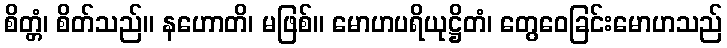
စိတ္တံ၊ စိတ်သည်။ နဟောတိ၊ မဖြစ်။ မောဟပရိယုဋ္ဌိတံ၊ တွေဝေခြင်းမောဟသည်